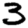
Digit: 3